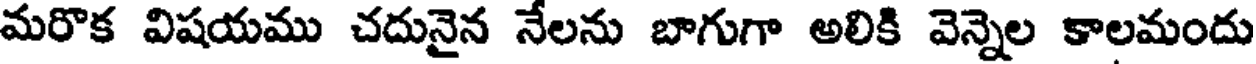
మరొక విషయము చదునైన నేలను బాగుగా అలికి వెన్నెల కాలమందు